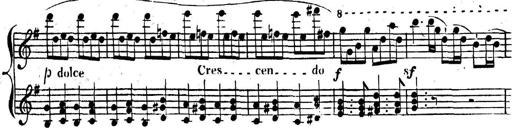
Title: Nouvelle Sonatine facile et agrÃ©able
Composer: Ignaz Moscheles
Key: G major